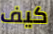
كيف